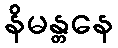
နိမန္တနေ